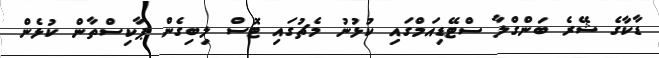
ޑާކާގެ ޝޭރެ ބަންގްލާ ސްޓޭޑިއަމްގައި ކުޅުނު މެޗުގައި ޓޮސް ލިބިގެން ޕާކިސްތާން ކުޅެން